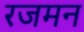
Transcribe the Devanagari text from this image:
रजमन